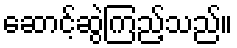
ဆောင့်ဆွဲကြည့်သည်။